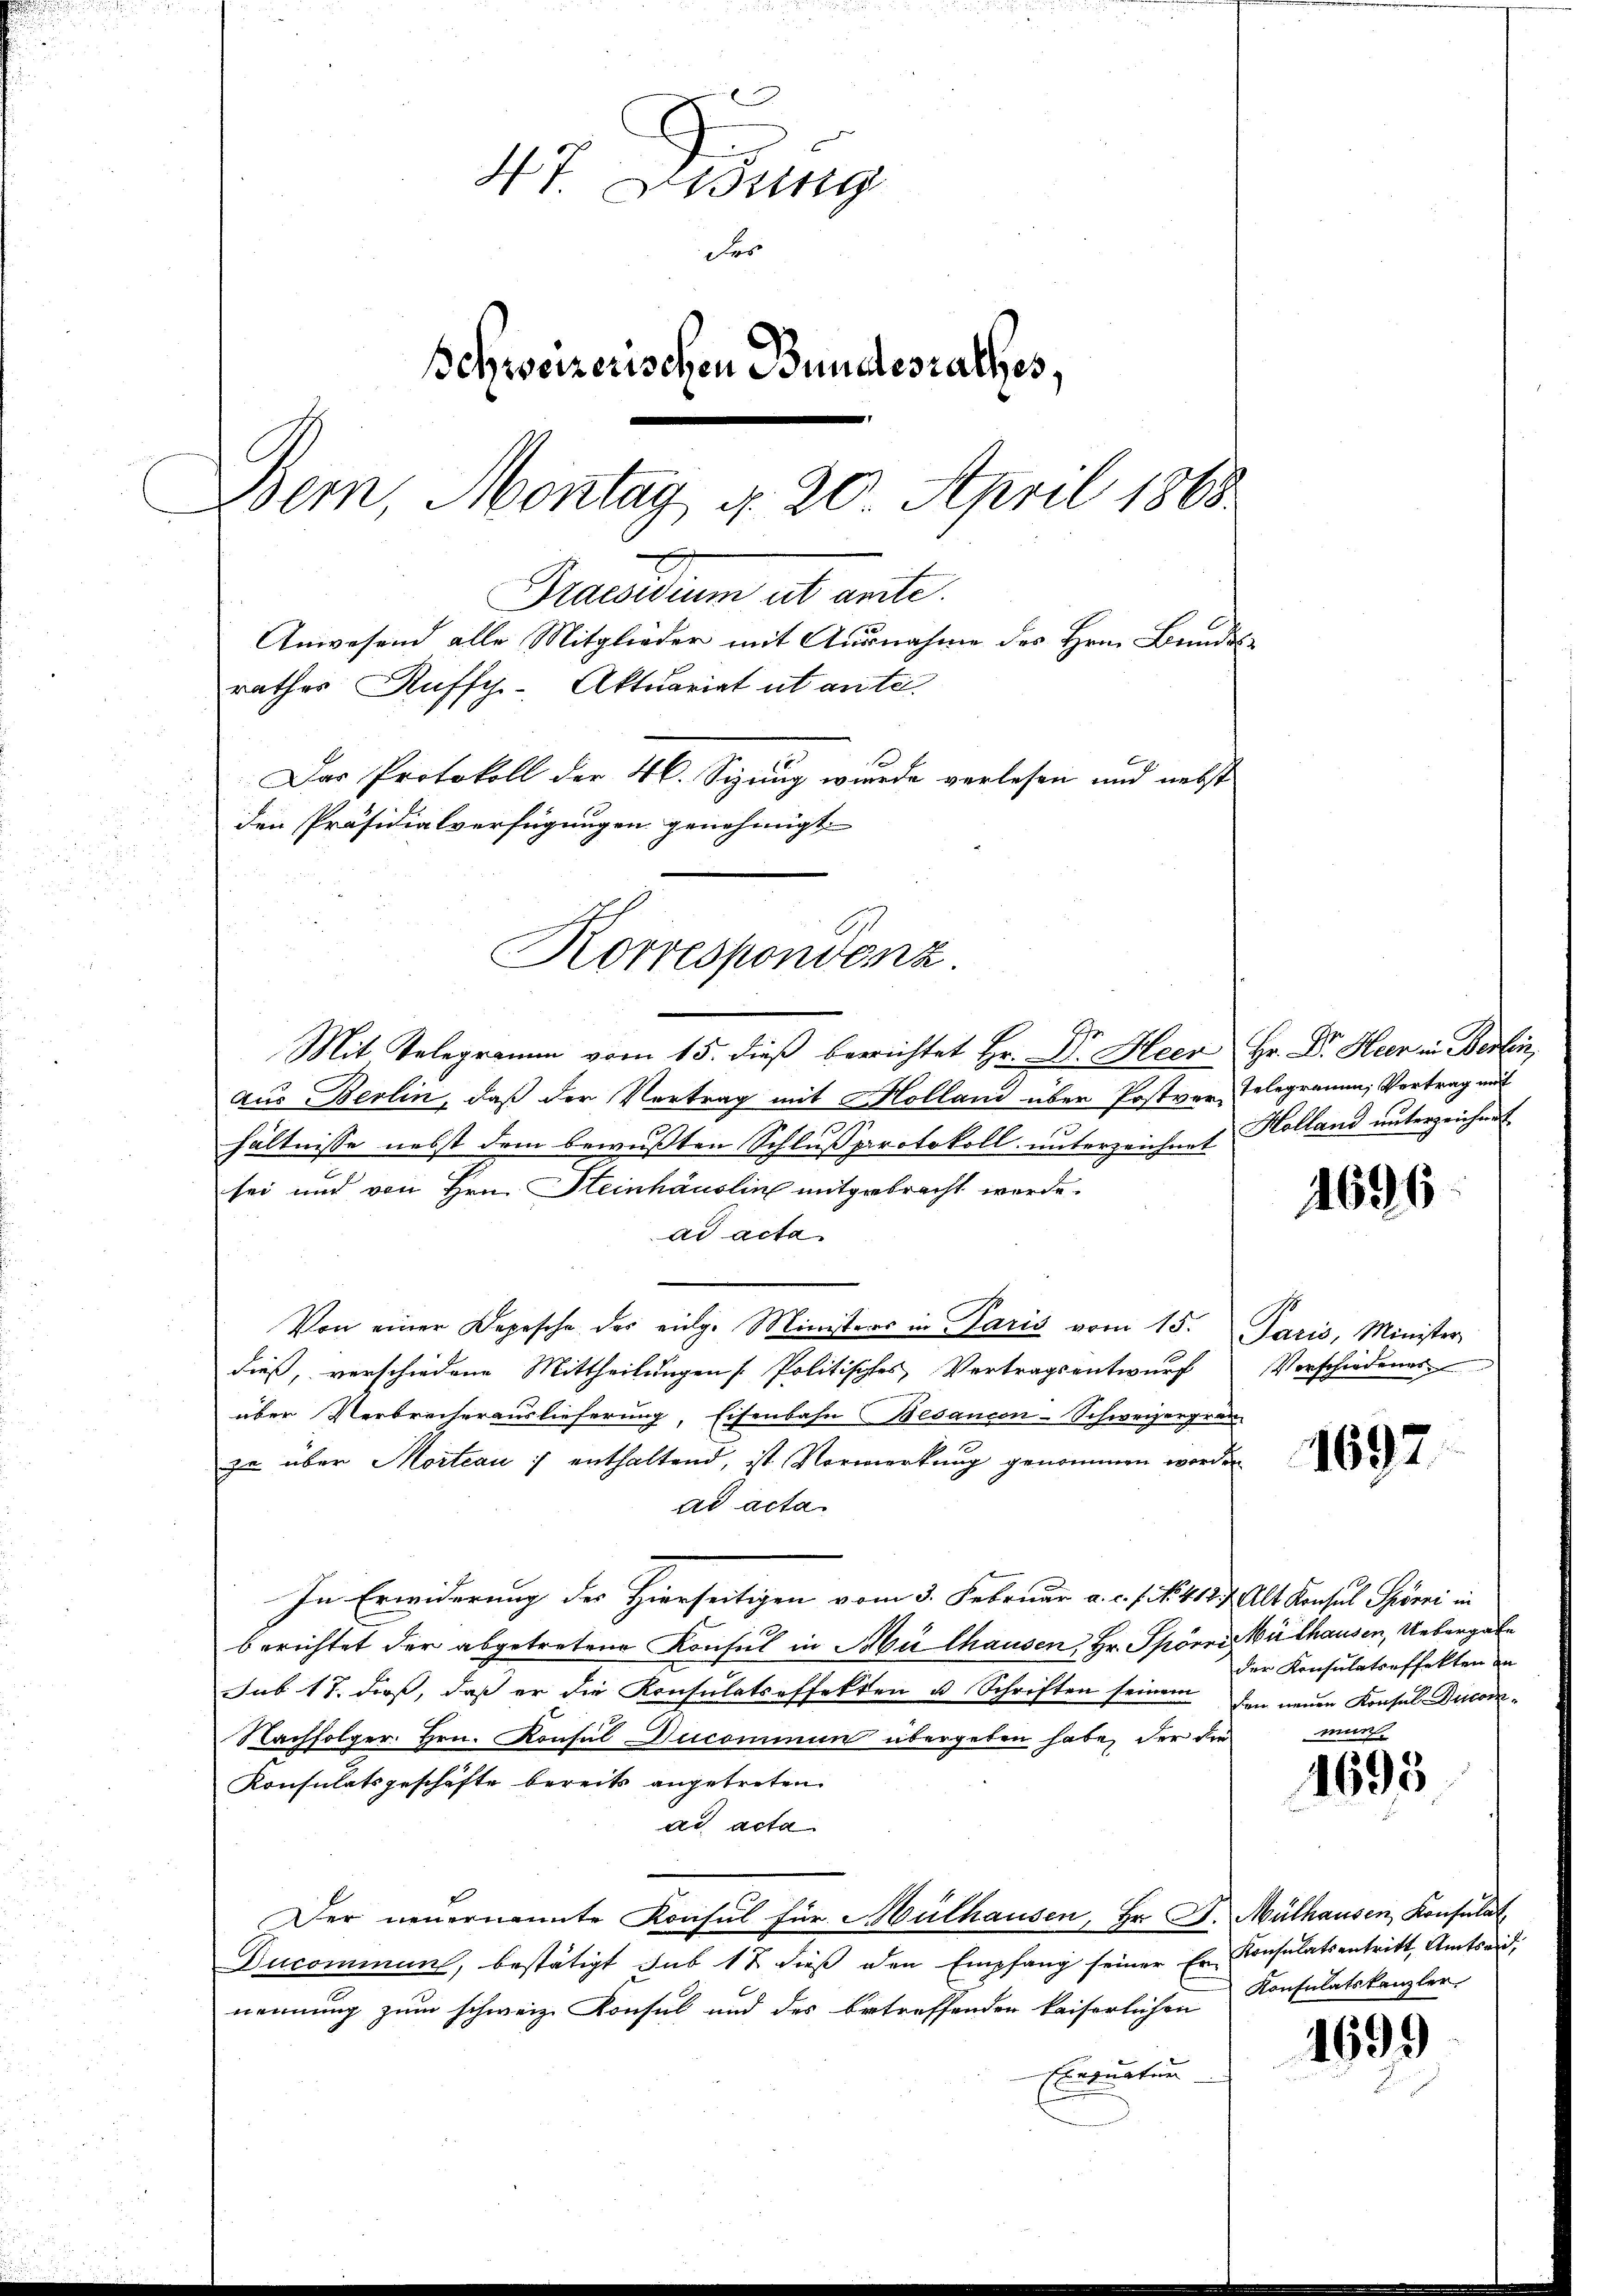
47. Disung
Fro
Schweizerischen Bundesrathes,
Bern, Montag, d. 20 April 1865.
Maesidium et arite.
Anwesend alle Mitglieder mit Ausnahme des Hrn. Bundesrathes Rufsch-Aktuariat ut ante.
Das Protokoll der 4. Sizung wurde verlesen und nebst
den Präsidialverfügungen genehmigt.

Korrespondenz.

Mit Telegramm vom 15. dieß berichtet Hr. Dr. Heer Hr. Dr. Heer in Berlin,
aus Berlin, daß der Vertrag mit Holland über Postver-Telegramm, Vortrag mit
e
hältnisse nebst dem bewußten Schlussprotokoll unterzeichnet Holland unterzeichnet
sei und von Hrn. Heinhäuslin mitgebracht werde.
ad acta.
Von einer Depesche des eidg. Ministers in Paris vom 15. Paris, Minister
dieß, verschiedene Mittheilungen Politisches Vertragsentwurf Verschiedenes
über Verbrecherauslieferung, Eisenbahn Besancen-Schweizergren
zu über Mortian : enthaltend, ist Vormerkung genommen worden
ad acta.
In Erwiderung des Hierseitigen vom 3. Februar a. c. s. N. 412 f. Alt Konsul Spörri in
berichtet der abgetretene Konsul in Mülhausen Hr. Spörri Bilhausen, Uebergabe
sub 17. dieß, daß er die Konsulatseffekten u. Schriften seinem den neuen Konsul Ducod¬
Nachfolger. Hrn. Konsul Ducommun übergeben habe, der die
Konsulatsgeschäfte bereits angetreten.
ad acta
Der neuernannte Konsul für Mülhausen, Hr. P. Mülhausen, Konsulat
Ducominung, bestätigt sub 12 dieß den Empfang seiner Er Konsulatsantritt, Amtseid,
nennung zum schweiz. Konsul und des betreffenden kaiserlichen
Exeruatur

1696

1692

der Konsulatseffekten in

1695

Konsulatskanzler

1699